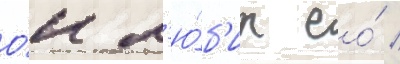
О́н л'ю́б'ит ео́ /